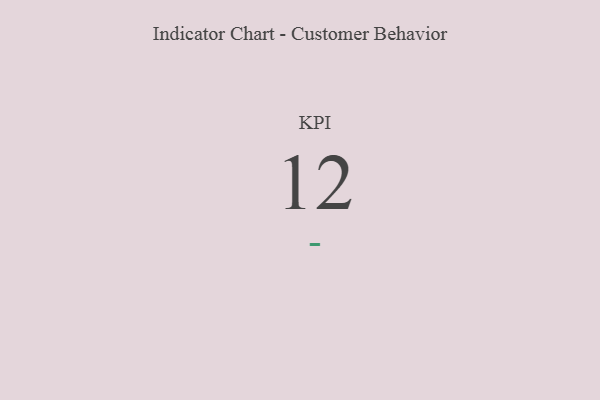
{"axis": {"x": "KPI", "y": "Value"}, "legend": [""], "data": [{"x": "KPI", "y": 12, "type": ""}]}